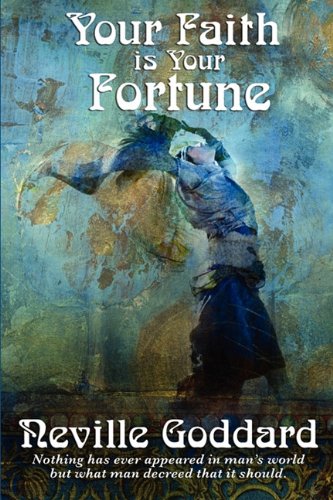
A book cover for Your Faith Is Your Fortune; Neville Goddard; Religion & Spirituality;